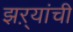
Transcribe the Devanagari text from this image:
झऱ्यांची